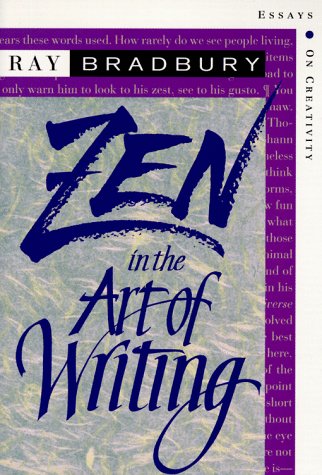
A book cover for Zen in the Art of Writing: Essays on Creativity; Ray Bradbury; Literature & Fiction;